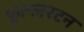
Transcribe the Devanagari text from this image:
फुल्लरटन